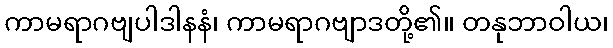
ကာမရာဂဗျပါဒါနနံ၊ ကာမရာဂဗျာဒတို့၏။ တနုဘာဝါယ၊